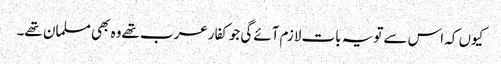
کیوں کہ اس سےتویہ بات لازم آئےگی جوکفارعرب تھےوہ بھی مسلمان تھے۔